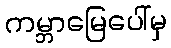
ကမ္ဘာမြေပေါ်မှ